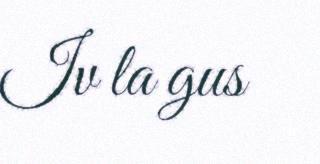
Iv la gus